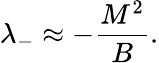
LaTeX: \lambda_{-}\approx-{\frac{M^{2}}{B}}.